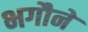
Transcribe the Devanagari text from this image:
भगौने